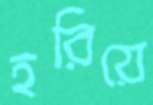
হরিয়ে